Report of an investigation into the causes of the diseases known in Assam as Kála-Azár and Beri-Beri
Disease focus: Beri-Beri
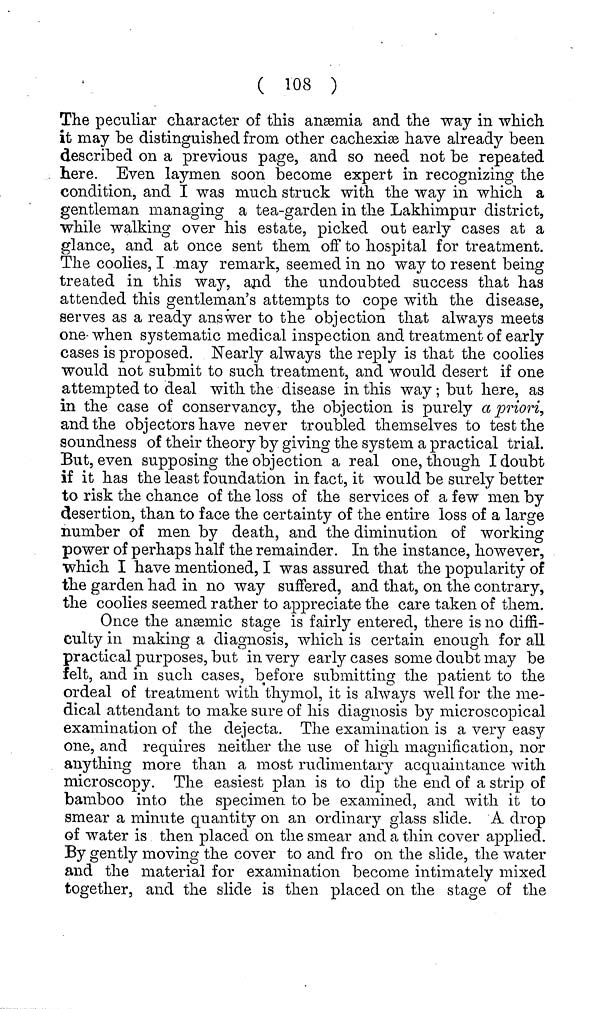
( 108 )
The peculiar character of this anaemia and the way in which
it may be distinguished from other cachexias have already been
described on a previous page, and so need not be repeated
here. Even laymen soon become expert in recognizing the
condition, and I was much struck with the way in which a
gentleman managing a tea-garden in the Lakhimpur district,
while walking over his estate, picked out early cases at a
glance, and at once sent them off to hospital for treatment.
The coolies, I -may remark, seemed in no way to resent being
treated in this way, and the undoubted success that has
attended this gentleman's attempts to cope with the disease,
serves as a ready answer to the objection that always meets
one- when systematic medical inspection and treatment of early
cases is proposed. Nearly always the reply is that the coolies
would not submit to such treatment, and would desert if one
attempted to deal with the disease in this way ; but here, as
in the case of conservancy, the objection is purely a priori,
and the objectors have never troubled themselves to test the
soundness of their theory by giving the system a practical trial.
But, even supposing the objection a real one, though I doubt
if it has the least foundation in fact, it would be surely better
to risk the chance of the loss of the services of a few men by
desertion, than to face the certainty of the entire loss of a large
number of men by death, and the diminution of working
power of perhaps half the remainder. In the instance, however,
which I have mentioned, I was assured that the popularity of
the garden had in no way suffered, and that, on the contrary,
the coolies seemed rather to appreciate the care taken of them.
Once the ansemic stage is fairly entered, there is no diffi-
culty in making a diagnosis, which is certain enough for all
practical purposes, but in very early cases some doubt may be
felt, and in such cases, before submitting the patient to the
ordeal of treatment with thymol, it is always well for the me-
dical attendant to make sure of his diagnosis by microscopical
examination of the dejecta. The examination is a very easy
one, and requires neither the use of high magnification, nor
anything more than a most rudimentary acquaintance with
microscopy. The easiest plan is to dip the end of a strip of
bamboo into the specimen to be examined, and with it to
smear a minute quantity on an ordinary glass slide. A drop
of water is then placed on the smear and a thin cover applied.
By gently moving the cover to and fro on the slide, the water
and the material for examination become intimately mixed
together, and the slide is then placed on the stage of the